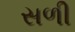
સળી